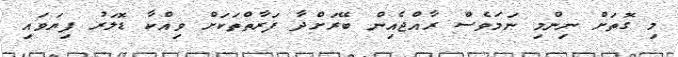
މި ގޮތަށް ނިންމި ނަމަވެސް ރާއްޖެއިން ބޭރަށްދާ ފަރާތްތަކަށް ވިއްކާ ޑޮލަރު ފިޔަވައި